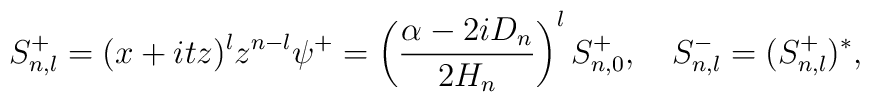
S_{n,l}^+=(x+itz)^lz^{n-l}\psi^+=\left(\frac{\alpha-2iD_n}{2H_n}\right)^lS^+_{n,0},\quad S^-_{n,l}=(S^+_{n,l})^*,